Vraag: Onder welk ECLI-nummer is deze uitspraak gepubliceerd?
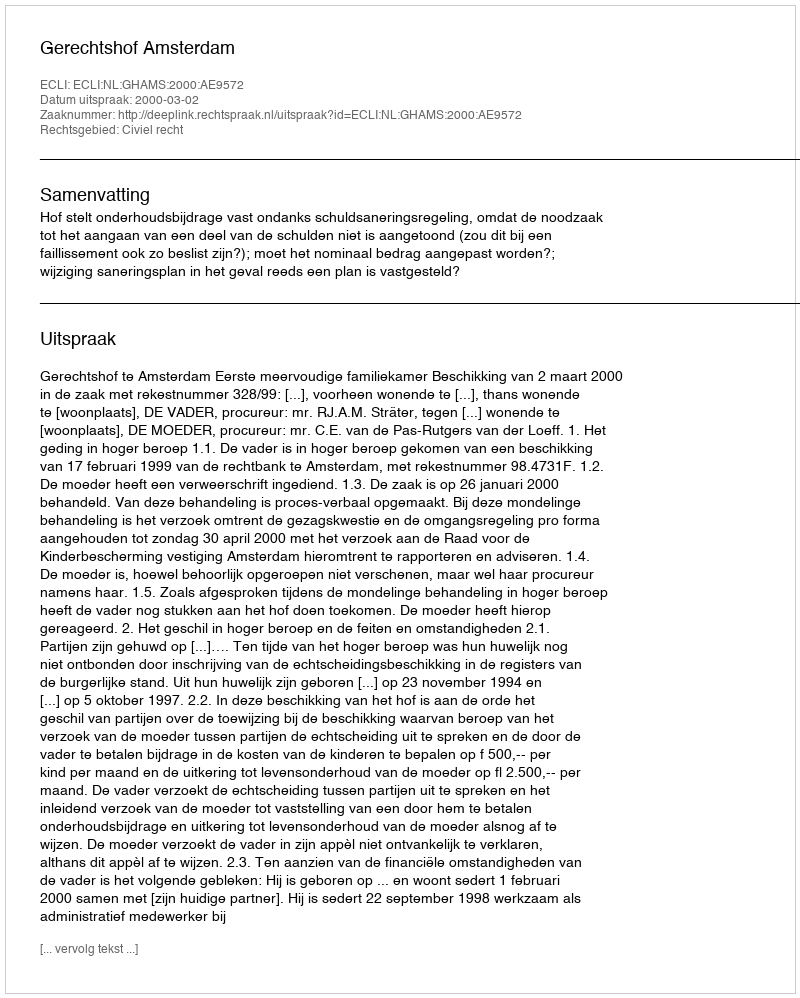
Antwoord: ECLI:NL:GHAMS:2000:AE9572